Epidemic dropsy in Calcutta - Number 49
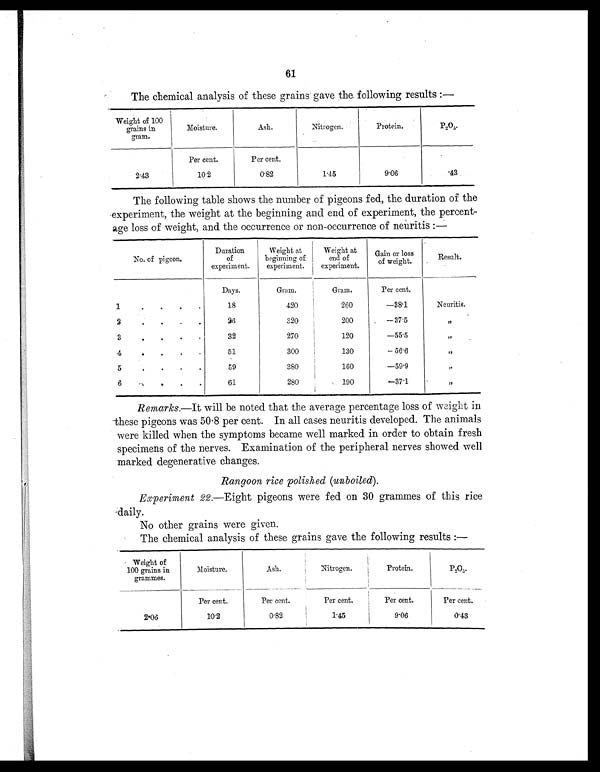
61
The chemical analysis of these grains gave the, following results:—
Weight of 100
grains in
gram.
Moisture.
Ash.
Nitrogen.
Protein.
P2 O 5 .
Per cent.
Per cent.
2.43
10.2
0.82
1.45
9.06
.43
The following table shows the number of pigeons fed, the duration of the
experiment, the weight at the beginning and end of experiment, the percent-
age loss of weight, and the occurrence or non-occurrence of neuritis:
—
No. of pigeon.
Duration
of
experiment.
Weight at
beginning of
experiment.
Weight at
end of
experiment.
Gain or loss
of weight.
Result.
Days.
Gram.
Gram.
Per cent.
1
.
•
•
•
18
420
260
—38.1
Neuritis.
2
•
.. • •
26
320
200
—37.5
, ,
3
.
•
•
32
270
120
—55.5
, ,
4
51
300
130
—56.6
, ,
5
.
.
•
.
59
380
160
—59.9
, ,
6
.
.. . •
61
280
190
—37.1
, ,
Remarks.—It will be noted that the average percentage loss of weight in
these pigeons was 50.8 per cent. In all cases neuritis developed. The animals
were killed when the symptoms became well marked in order to obtain fresh
specimens of the nerves. Examination of the peripheral nerves showed well
marked degenerative changes.
Rangoon rice polished (unboiled).
Experiment 22.—Eight pigeons were fed on 30 grammes of this rice
daily.
No other grains were given.
The chemical analysis of these grains gave the following results:—
Weight of
100 grains in
grammes.
Moisture.
Ash.
Nitrogen.
Protein.
P2 O
5
.
Per cent.
Per cent.
Per cent.
Per cent.
Per cent.
2.06
10.2
0.82
1.45
9.06
0.43